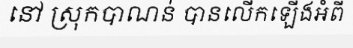
នៅ ស្រុកបាណន់ បានលើកឡើងអំពី